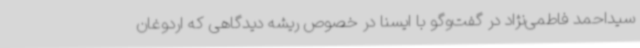
سیداحمد فاطمی‌نژاد در گفت‌وگو با ایسنا در خصوص ریشه دیدگاهی که اردوغان